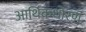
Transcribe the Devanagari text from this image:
आर्थिकधोरण